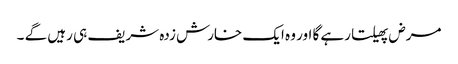
مرض پھیلتا رہے گا اور وہ ایک خارش زدہ شریف ہی رہیں گے ۔